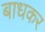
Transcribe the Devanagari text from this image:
बाधकर